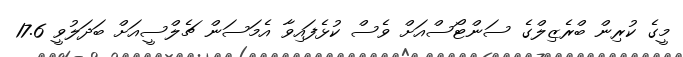
މީގެ ކުރިން ބްރެޒިލްގެ ސަންޓޯސްއަށް ވެސް ކުޅެފައިވާ އެމަސަން ޗެލްސީއަށް ބަދަލުވީ 17.6